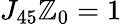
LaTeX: J_{45}\mathbb{Z}_{0}=1